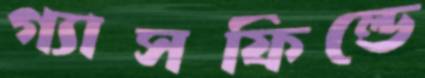
গ্যাসফিল্ডে